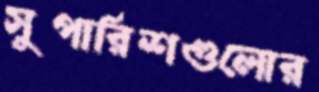
সুপারিশগুলোর